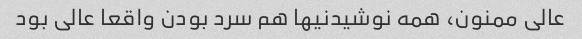
عالی ممنون، همه نوشیدنیها هم سرد بودن واقعا عالی بود